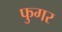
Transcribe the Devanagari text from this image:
फुगर